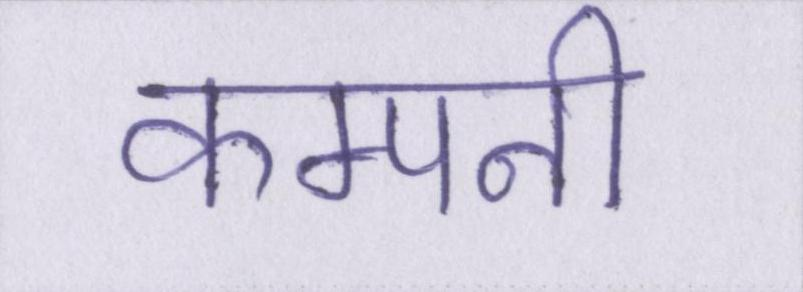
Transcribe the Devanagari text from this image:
कम्पनी